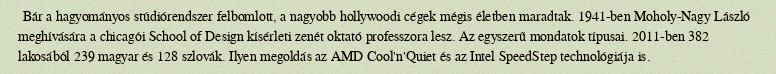
Bár a hagyományos stúdiórendszer felbomlott, a nagyobb hollywoodi cégek mégis életben maradtak. 1941-ben Moholy-Nagy László meghívására a chicagói School of Design kísérleti zenét oktató professzora lesz. Az egyszerű mondatok típusai. 2011-ben 382 lakosából 239 magyar és 128 szlovák. Ilyen megoldás az AMD Cool'n'Quiet és az Intel SpeedStep technológiája is.